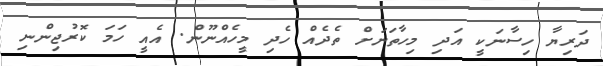
ދަރިޔާ ހިސާނަކީ އަދި މިހާތަނަށް ތެދެއް ހެދި މީހެއްނޫން. އެއީ ހަމަ ކޮރުޖިންނި